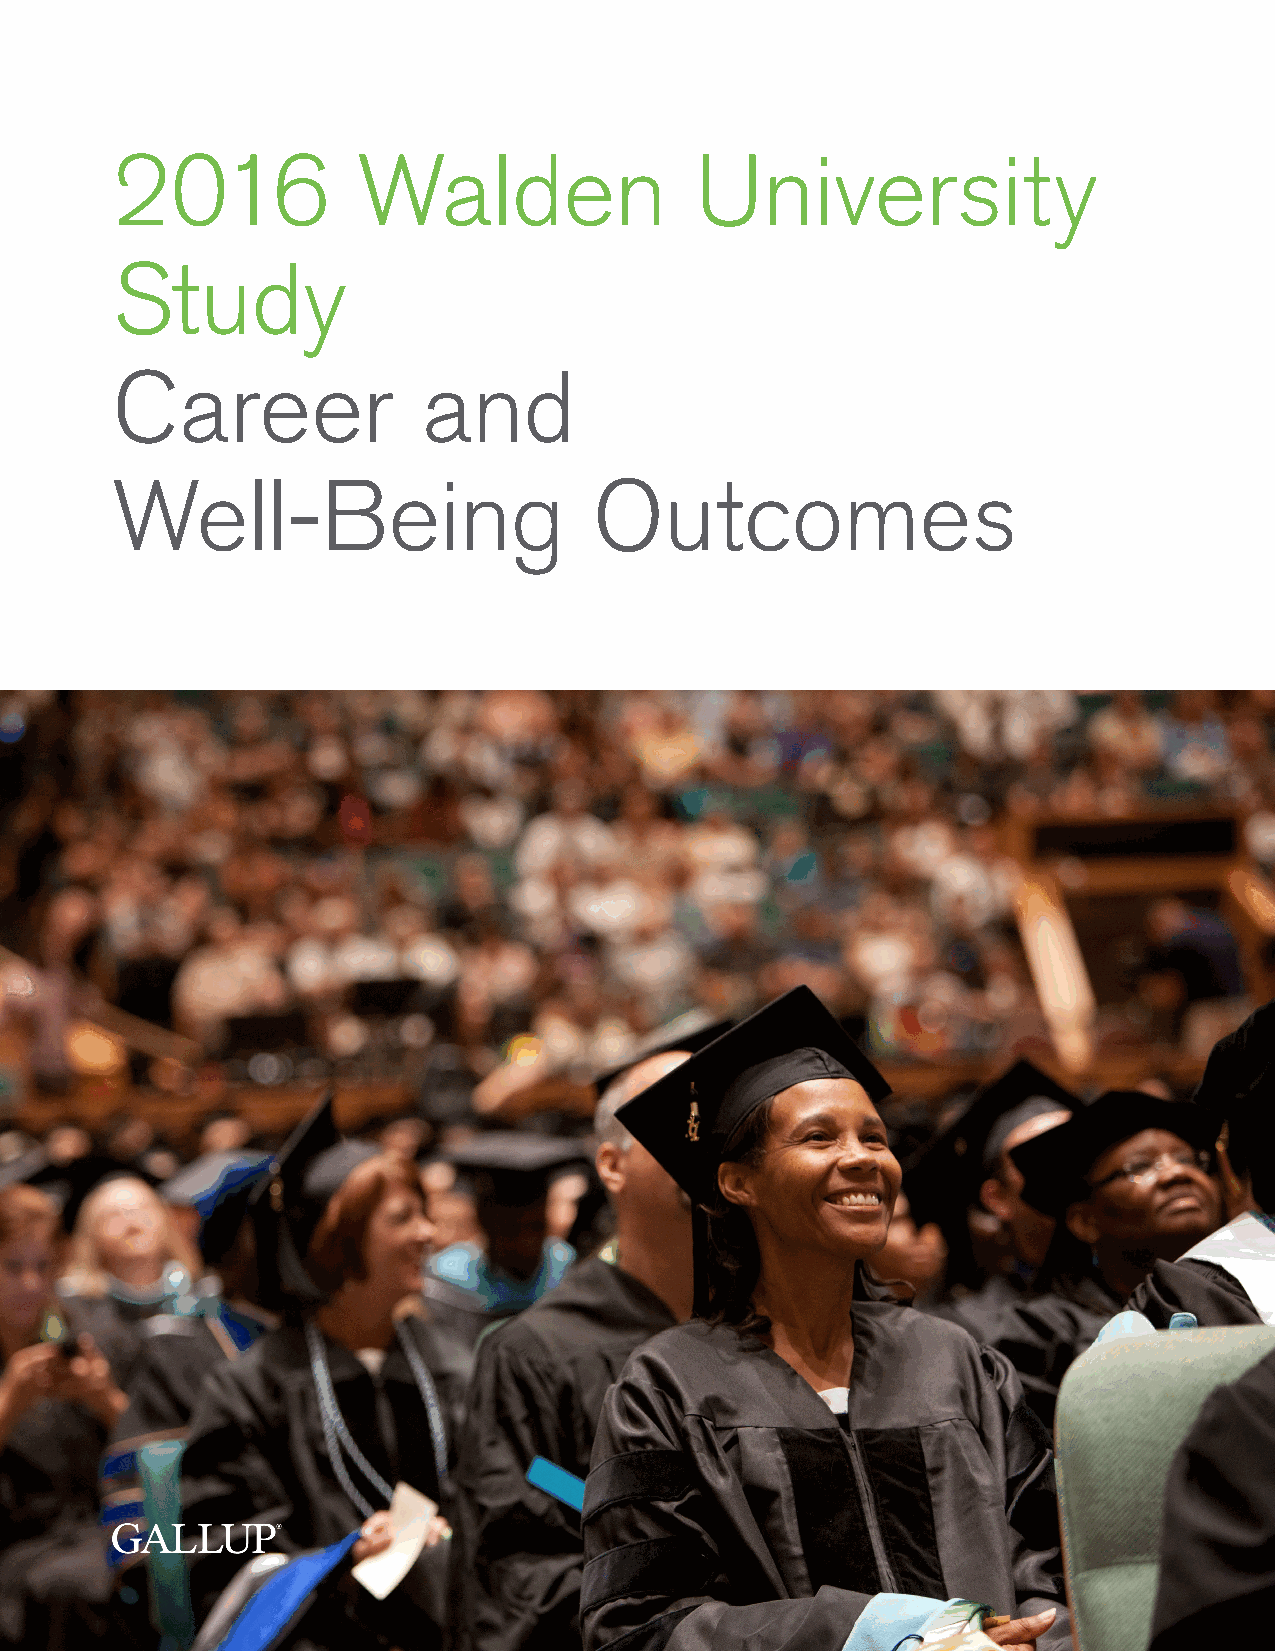
2016             Walden                University
 Study
 Career               and
 Well-Being                      Outcomes